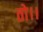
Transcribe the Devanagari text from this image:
तो।।